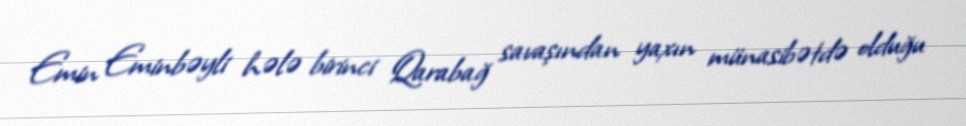
Emin Eminbəyli hələ birinci Qarabağ savaşından yaxın münasibətdə olduğu